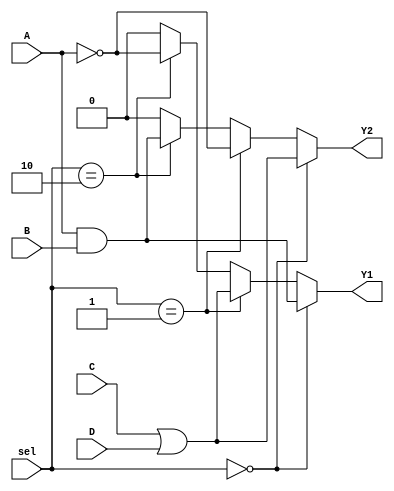
module combinational_logic_block (
    input wire A,          // Input A
    input wire B,          // Input B
    input wire C,          // Input C
    input wire D,          // Input D
    input wire [1:0] sel,  // Select signal for function configuration
    output wire Y1,        // Output Y1
    output wire Y2         // Output Y2
);

// Internal wires for logic operations
wire and_out;
wire or_out;
wire not_out;

// Logic elements
assign and_out = A & B;          // AND operation
assign or_out = C | D;           // OR operation
assign not_out = ~A;             // NOT operation

// Output configuration based on select signal
assign Y1 = (sel == 2'b00) ? and_out : // Output from AND gate
            (sel == 2'b01) ? or_out  : // Output from OR gate
            (sel == 2'b10) ? not_out : // Output from NOT gate
            1'b0;                     // Default output (0)

assign Y2 = (sel == 2'b00) ? or_out :  // Output from OR gate
            (sel == 2'b01) ? not_out : // Output from NOT gate
            (sel == 2'b10) ? and_out : // Output from AND gate
            1'b0;                     // Default output (0)

endmodule